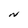
Character: N